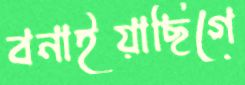
বনাইয়াছিগে